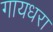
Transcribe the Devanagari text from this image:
गायधरा